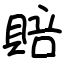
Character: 賠